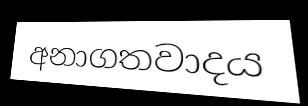
අනාගතවාදය